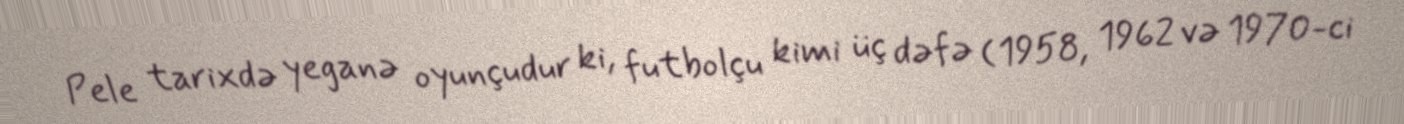
Pele tarixdə yeganə oyunçudur ki, futbolçu kimi üç dəfə (1958, 1962 və 1970-ci